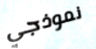
نموذجي